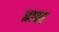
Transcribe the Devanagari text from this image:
ढावा